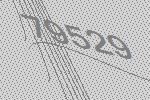
79529